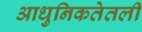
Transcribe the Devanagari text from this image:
आधुनिकतेतली